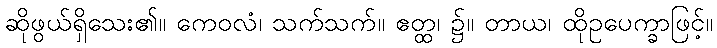
ဆိုဖွယ်ရှိသေး၏။ ကေဝလံ၊ သက်သက်။ ဧတ္ထ၊ ၌။ တာယ၊ ထိုဥပေက္ခာဖြင့်။